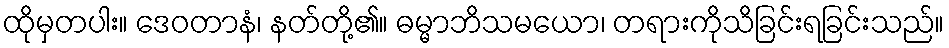
ထိုမှတပါး။ ဒေဝတာနံ၊ နတ်တို့၏။ ဓမ္မာဘိသမယော၊ တရားကိုသိခြင်းရခြင်းသည်။